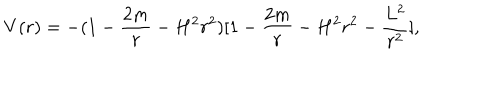
V ( r ) = - ( 1 - \frac { 2 m } { r } - H ^ { 2 } r ^ { 2 } ) [ 1 - \frac { 2 m } { r } - H ^ { 2 } r ^ { 2 } - \frac { L ^ { 2 } } { r ^ { 2 } } ] ,